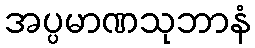
အပ္ပမာဏသုဘာနံ